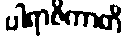
ပါရာဇိကာတိ